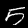
Label: 5